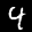
Label: 4